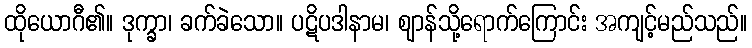
ထိုယောဂီ၏။ ဒုက္ခာ၊ ခက်ခဲသော။ ပဋိပဒါနာမ၊ ဈာန်သို့ရောက်ကြောင်း အကျင့်မည်သည်။